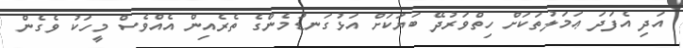
އަދި އެފަދަ ޢަމަލުތަކަށް ހިތްވަރުދޭ ބަޔަކަށް އަޅުގަނޑުމެންގެ ތެރެއިން އެއްވެސް މީހަކު ވެގެން